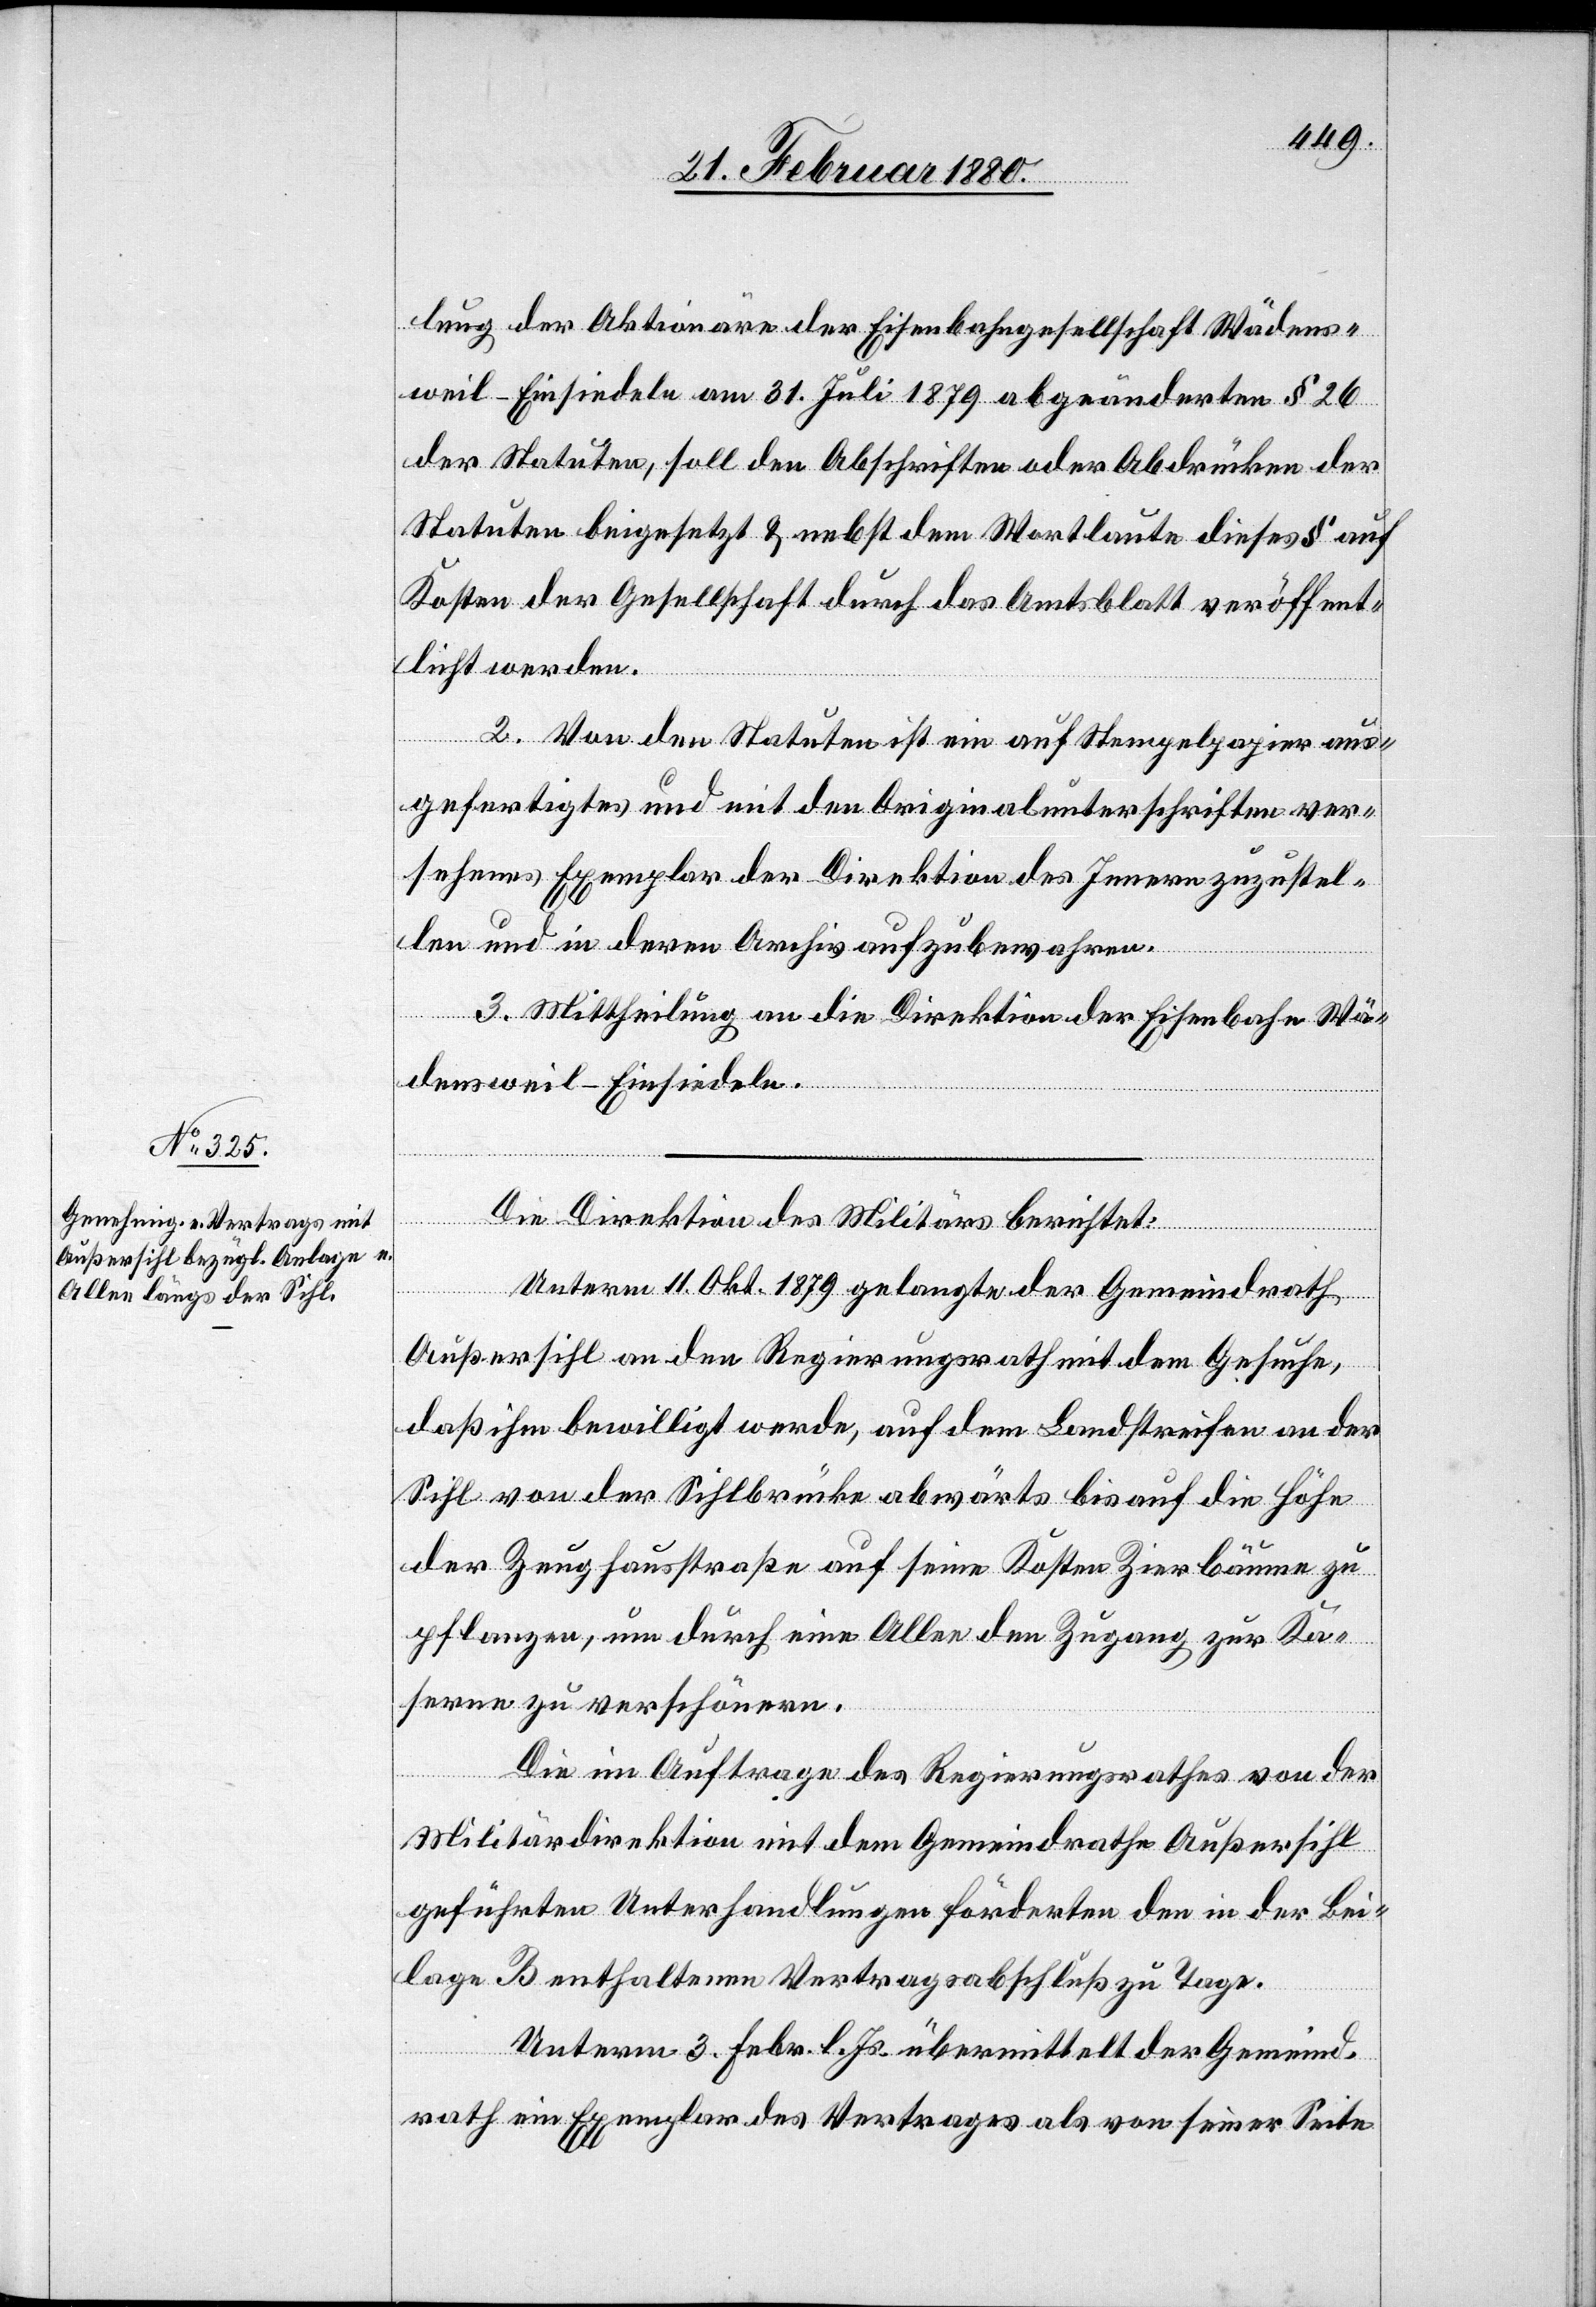
lung der Aktionäre der Eisenbahngesellschaft Wädens¬
weil–Einsiedeln am 31. Juli 1879 abgeänderten § 26
der Statuten, soll den Abschriften oder Abdrücken der
Statuten beigesetzt & nebst dem Wortlaute dieses § auf
Kosten der Gesellschaft durch das Amtsblatt veröffent¬
licht werden.
2. Von den Statuten ist ein auf Stempelpapier aus¬
gefertigtes und mit den Originalunterschriften ver¬
sehenes Exemplar der Direktion des Innern zuzustel¬
len und in deren Archiv aufzubewahren.
3. Mittheilung an die Direktion der Eisenbahn Wä¬
densweil–Einsiedeln.
Die Direktion des Militärs berichtet:
Unterm 11. Okt. 1879 gelangte der Gemeindrath
Außersihl an den Regierungsrath mit dem Gesuche,
daß ihm bewilligt werde, auf dem Landstreifen an der
Sihl von der Sihlbrücke abwärts bis auf die Höhe
der Zeughausstraße auf seine Kosten Zierbäume zu
pflanzen, um durch eine Allee den Zugang zu Ka¬
serne zu verschönern.
Die im Auftrage des Regierungsrathes von der
Militärdirektion mit dem Gemeindrathe Außersihl
geführten Unterhandlungen förderten den in der Bei¬
lage B enthaltenen Vertragsabschluß zu Tage.
Unterm 3. Febr. l. Js. übermittelt der Gemeind¬
rath ein Exemplar des Vertrages als von seiner Seite